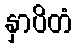
နှာပိတံ